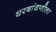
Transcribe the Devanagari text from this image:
घरबांधणीला